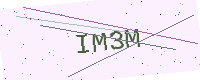
Text: IM3M